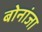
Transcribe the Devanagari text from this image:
बोनांजा